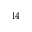
^ { 1 4 }